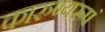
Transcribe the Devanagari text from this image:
कारुण्यरूपं